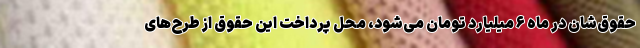
حقوق‌شان در ماه ۶ میلیارد تومان می‌شود، محل پرداخت این حقوق از طرح‌های